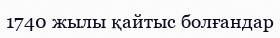
1740 жылы қайтыс болғандар